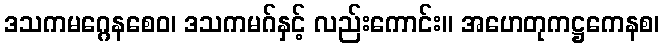
ဒသကမဂ္ဂေနစေဝ၊ ဒသကမဂ်နှင့် လည်းကောင်း။ အဟေတုကဋ္ဌကေနစ၊